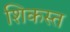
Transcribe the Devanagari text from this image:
शिकस्‍त